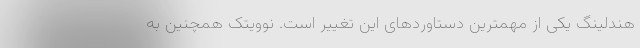
هندلینگ یکی از مهمترین دستاوردهای این تغییر است. نوویتک همچنین به